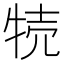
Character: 㸿